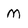
Character: M